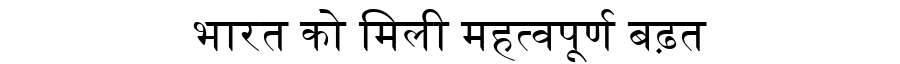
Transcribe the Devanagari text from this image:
भारत को मिली महत्वपूर्ण बढ़त